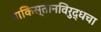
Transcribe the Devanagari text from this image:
पाकिस्तानविरुद्धचा